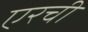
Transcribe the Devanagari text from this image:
एरची